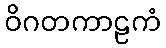
ဝိဂတကာဠကံ